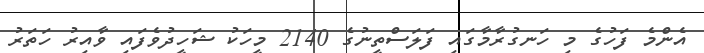
އެންމެ ފަހުގެ މި ހަނގުރާމާގައި ފަލަސްތީނުގެ 2140 މީހަކު ޝަހީދުވެފައި ވާއިރު ހަތަރު